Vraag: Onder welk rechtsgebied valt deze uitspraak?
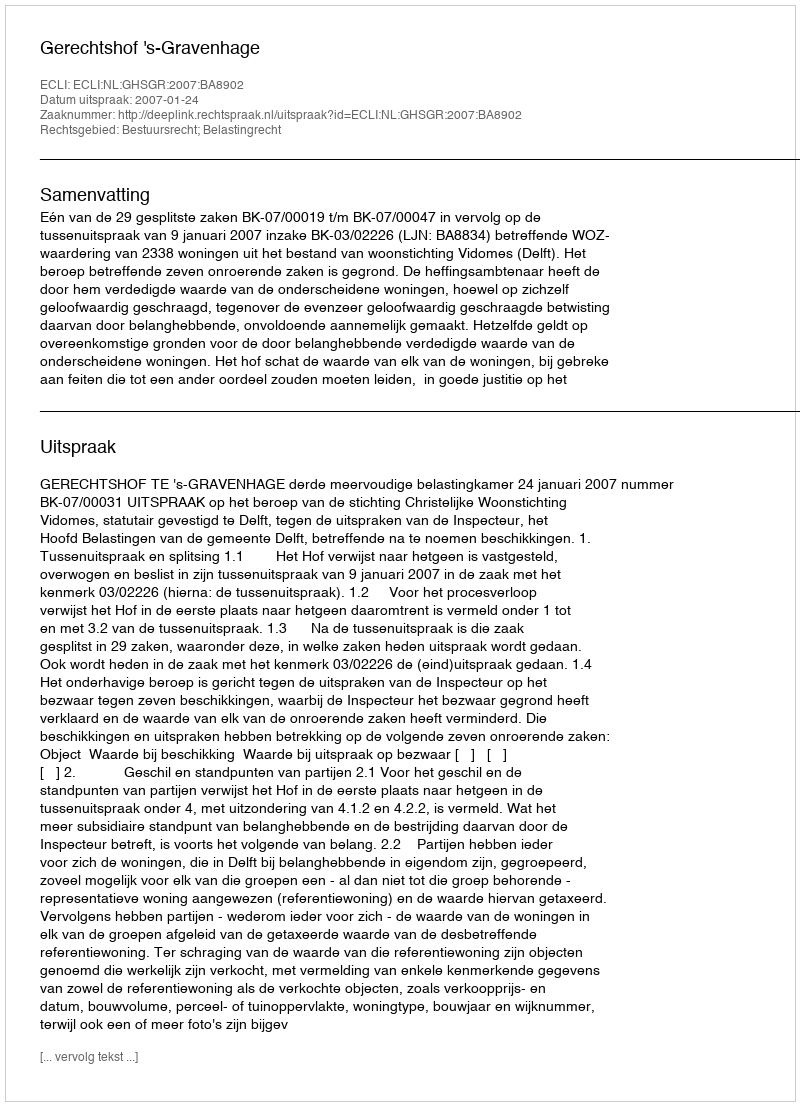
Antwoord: Bestuursrecht; Belastingrecht